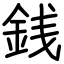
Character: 銭